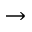
\to